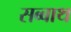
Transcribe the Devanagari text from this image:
सब्‍बाथ